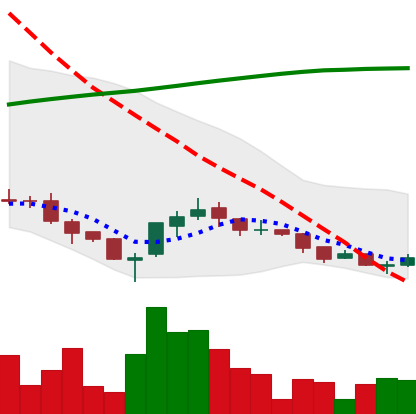
Ticker: ADA-USD
Chart end date: 2018-03-31
Forward return: -4.593%
Label: down_3_5